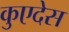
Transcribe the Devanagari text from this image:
कुएदेस